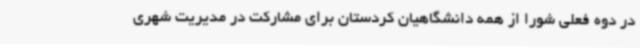
در دوه فعلی شورا از همه دانشگاهیان کردستان برای مشارکت در مدیریت شهری